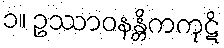
၁။ ဥဿာဝနန္တိကကုဋိ